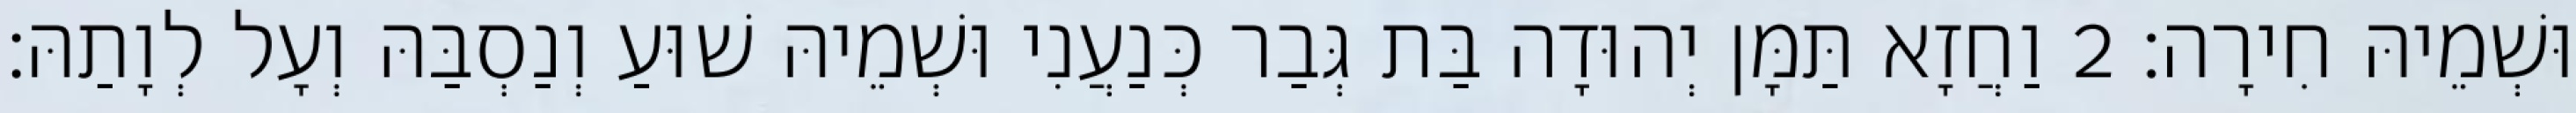
וּשְׁמֵיהּ חִירָה׃ 2 וַחֲזָא תַּמָּן יְהוּדָה בַּת גְּבַר כְּנַעֲנִי וּשְׁמֵיהּ שׁוּעַ וְנַסְבַּהּ וְעָל לְוָתַהּ׃